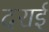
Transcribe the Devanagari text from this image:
दराई